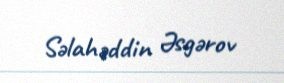
Səlahəddin Əsgərov